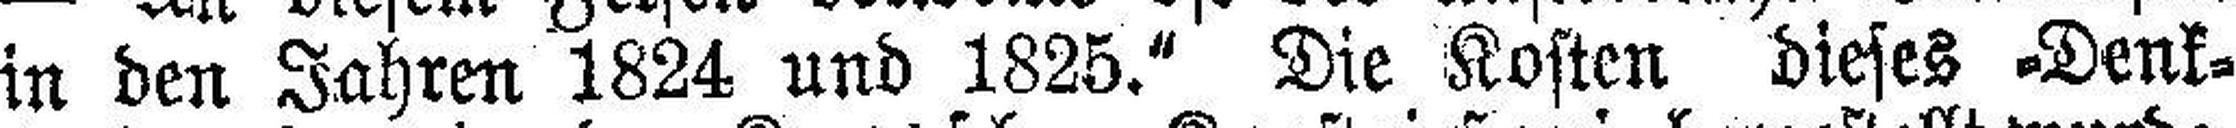
in den Jahren 1824 und 1825." Die Kosten dieses -Denk¬